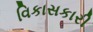
વિકાસકારી